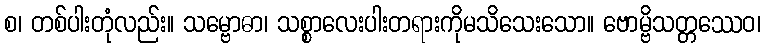
စ၊ တစ်ပါးတုံလည်း။ သမ္ဗောဓာ၊ သစ္စာလေးပါးတရားကိုမသိသေးသော။ ဗောမ္ဗိသတ္တဿေဝ၊